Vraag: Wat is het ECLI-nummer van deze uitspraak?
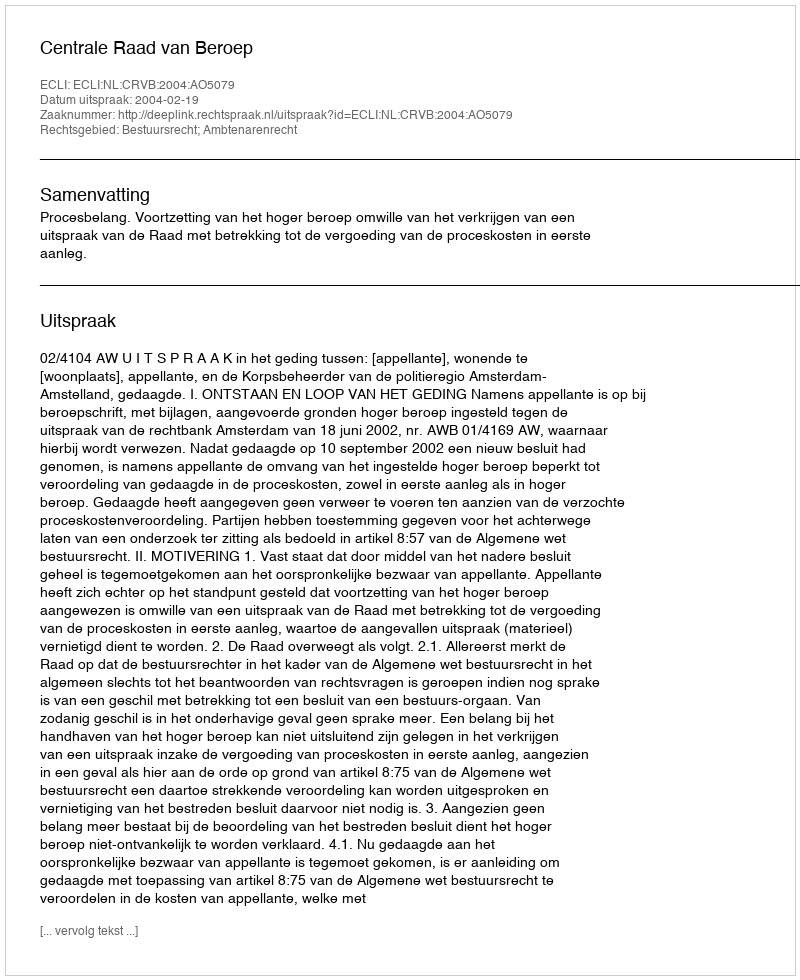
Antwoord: ECLI:NL:CRVB:2004:AO5079